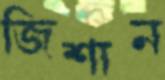
জিশান